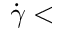
\dot { \gamma } <